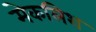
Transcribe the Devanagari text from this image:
मेकलिश